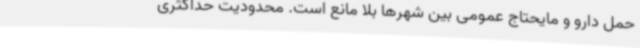
حمل دارو و مایحتاج عمومی بین شهرها بلا مانع است. محدودیت حداکثری